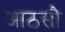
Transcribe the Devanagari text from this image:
आठसौ